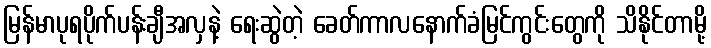
မြန်မာပုရပိုက်ပန်းချီအလှနဲ့ ရေးဆွဲတဲ့ ခေတ်ကာလနောက်ခံမြင်ကွင်းတွေကို သိနိုင်တာမို့